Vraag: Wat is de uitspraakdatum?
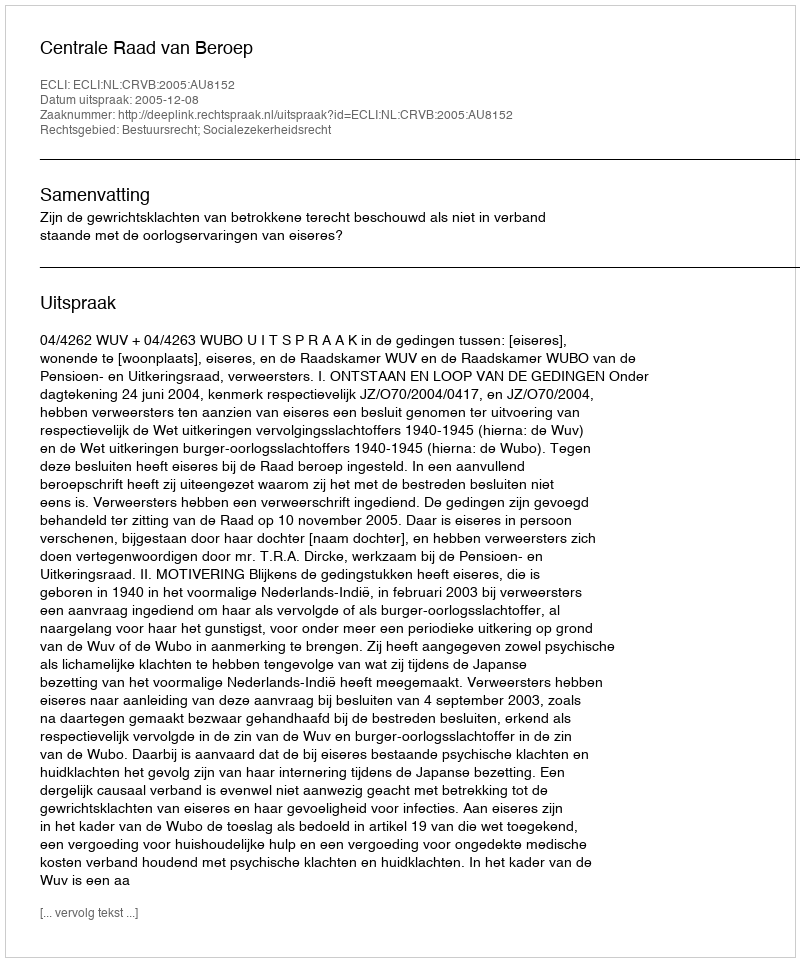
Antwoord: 2005-12-08